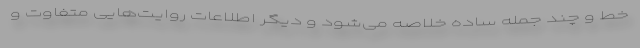
خط و چند جمله ساده خلاصه می‌شود و دیگر اطلاعات روایت‌هایی متفاوت و